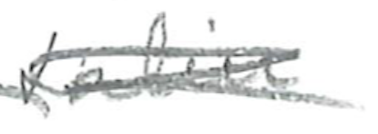
Text: Latin
Cross-out: scratch
Writing tool: pencil